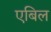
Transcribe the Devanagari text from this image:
एबिल